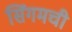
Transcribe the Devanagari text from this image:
सिंगमची